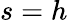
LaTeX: s=h